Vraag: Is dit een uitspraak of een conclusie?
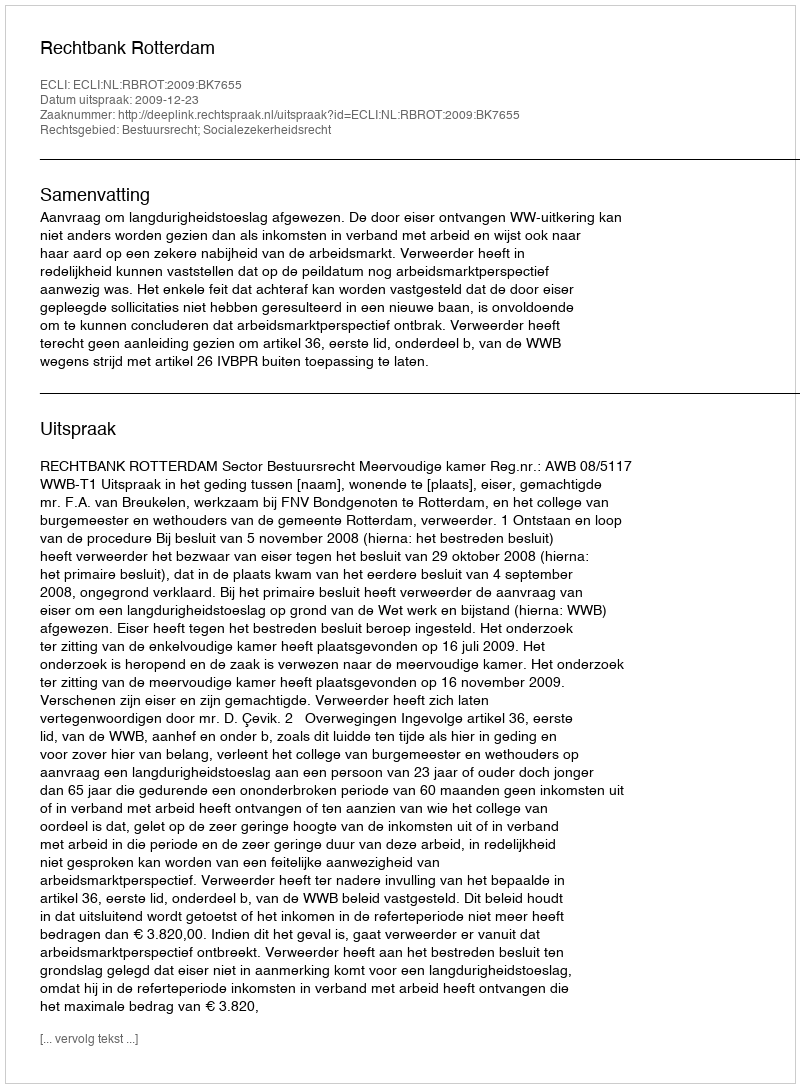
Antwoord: Uitspraak